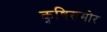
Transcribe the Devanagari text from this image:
कृषिसमोर